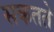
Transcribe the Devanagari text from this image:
सकतते